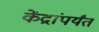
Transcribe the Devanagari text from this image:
केंद्रांपर्यंत